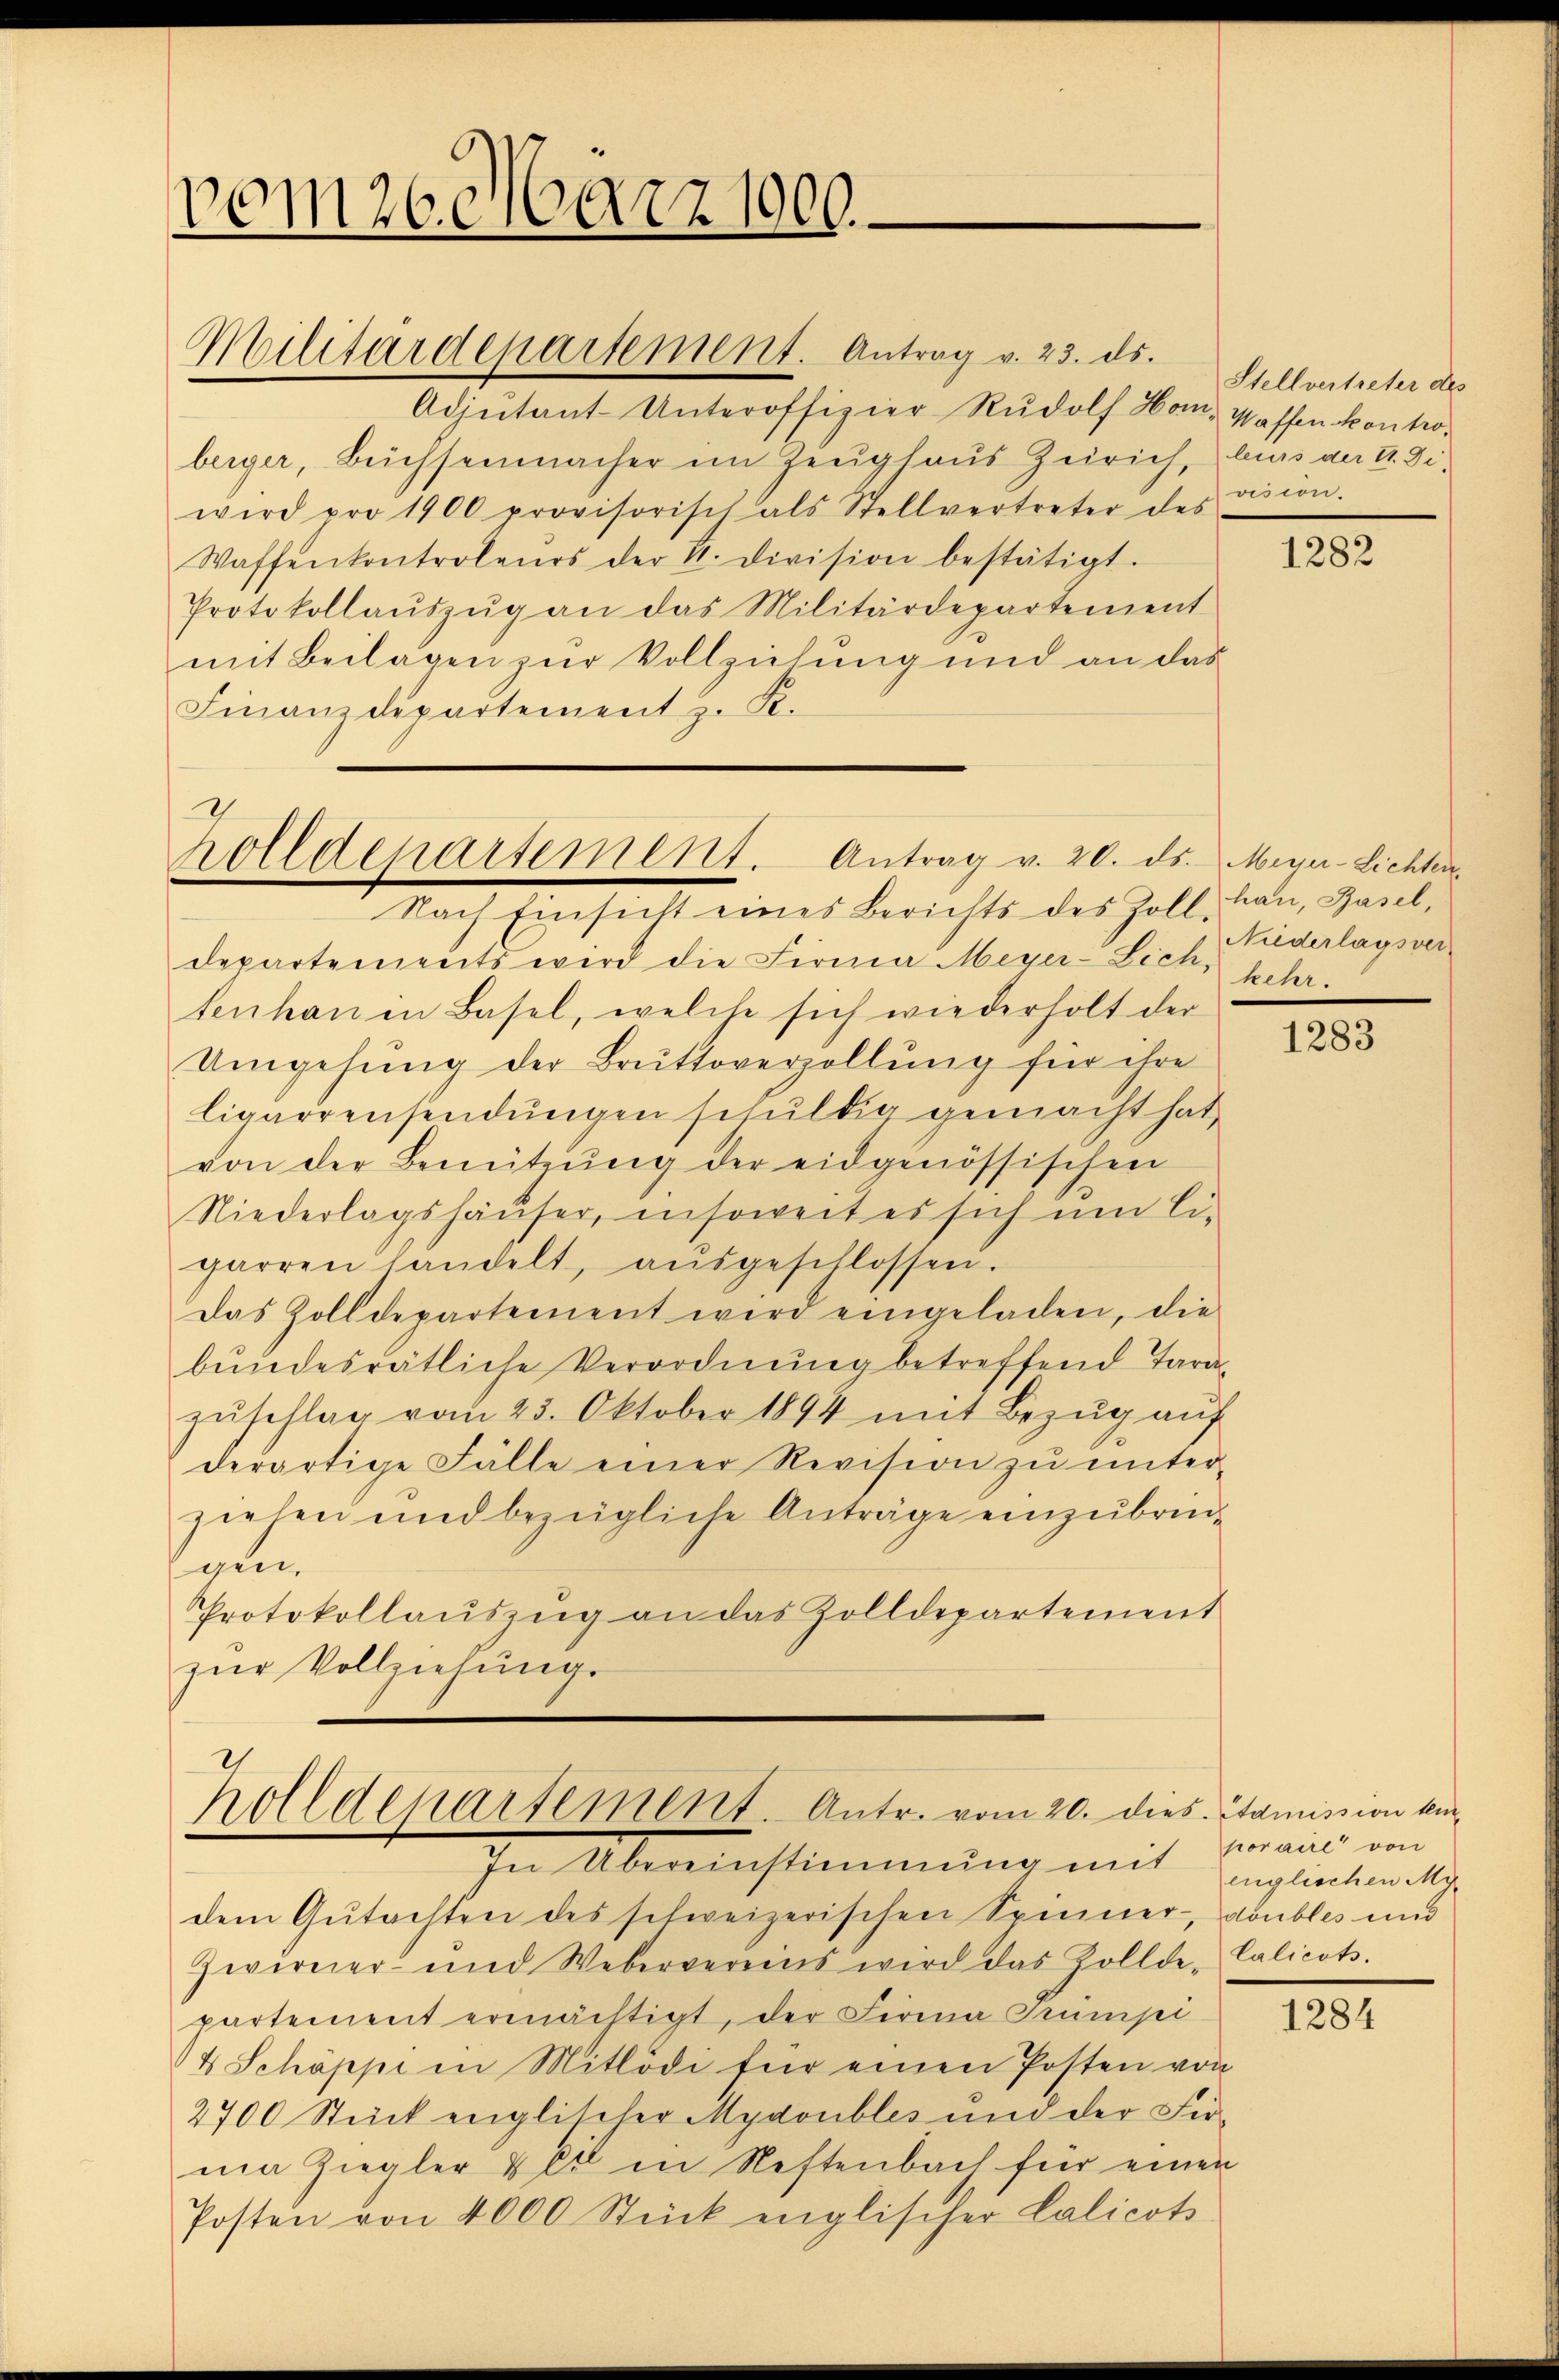
vom 26. März 1900.

Adjutant-Unteroffizier-Rudolf Hom- Waffen kontroberger, Büchsenmacher im Zeughaus Zürich, leurs am 4. Di
wird pro 1900 provisorisch als Stellvertreter des vision.
Waffenkontroleurs der 4. Division bestätigt.
Protokollaŭszŭg an das Militärdepartement
mit Beilagen zur Vollziehung und an das
Finanzdepartement z. R.

Militärdepartement. Antrag v. 23. ds.

holldepartement. Antrag v. 20. ds. Meyer-Lichten
Nach Einsicht eines Berichts des Zoll-

holldepartement. Antr. vom 20. dies Admission kei¬
In Übereinstimmung mit Englichemalige

departements wird die Firma Meyer-Lichs kehr.
tenhan in Basel, welche sich wiederholt der
Umgehung der Bruttoverzollŭng für ihre
ligarrensendungen schuldig gemacht hat,
von der Benützŭng der eidgenössischen
Niederlagshäuser, insoweit es sich um li-
garren handelt, aŭsgeschlossen.
Das Zolldepartement wird eingeladen, die
bundesrätliche Verordnung betreffend Tara¬
Zŭschlag vom 25. Oktober 1894 mit Bezŭg aŭf
derartige Fälle einer Revision zŭ ŭnter-
ziehen und bezügliche Anträge einzubringen
Protokollaŭszŭg an das Zolldepartement
zŭr Vollziehung.

dem Gŭtachten des schweizerischen Spinner, doubles und
Zeireier und Webervereins wird das Zollde-Calicats-
partement ermächtigt, der Firma Prumpi
4 Schöppe in Mitlödi für einen Posten von
2700 Stück englischer Mydoubles und der Fir-
nim Ziegler & es in Neftenbach für einen
Posten von 4000 Stück englischer Calicots

Stellvertreter des

1282

hau, Basel,
Niederlagsver¬

1283

poraire von

1284